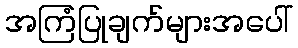
အကြံပြုချက်များအပေါ်